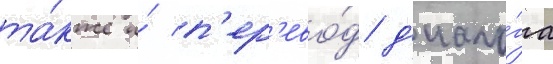
та́кже и́ п'ер'ево́д д'иало́га